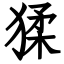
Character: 猱